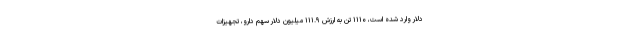
دلار وارد شده است، ۱۱۱۰ تن به ارزش ۱۱۱.۹ میلیون دلار سهم دارو، تجهیزات